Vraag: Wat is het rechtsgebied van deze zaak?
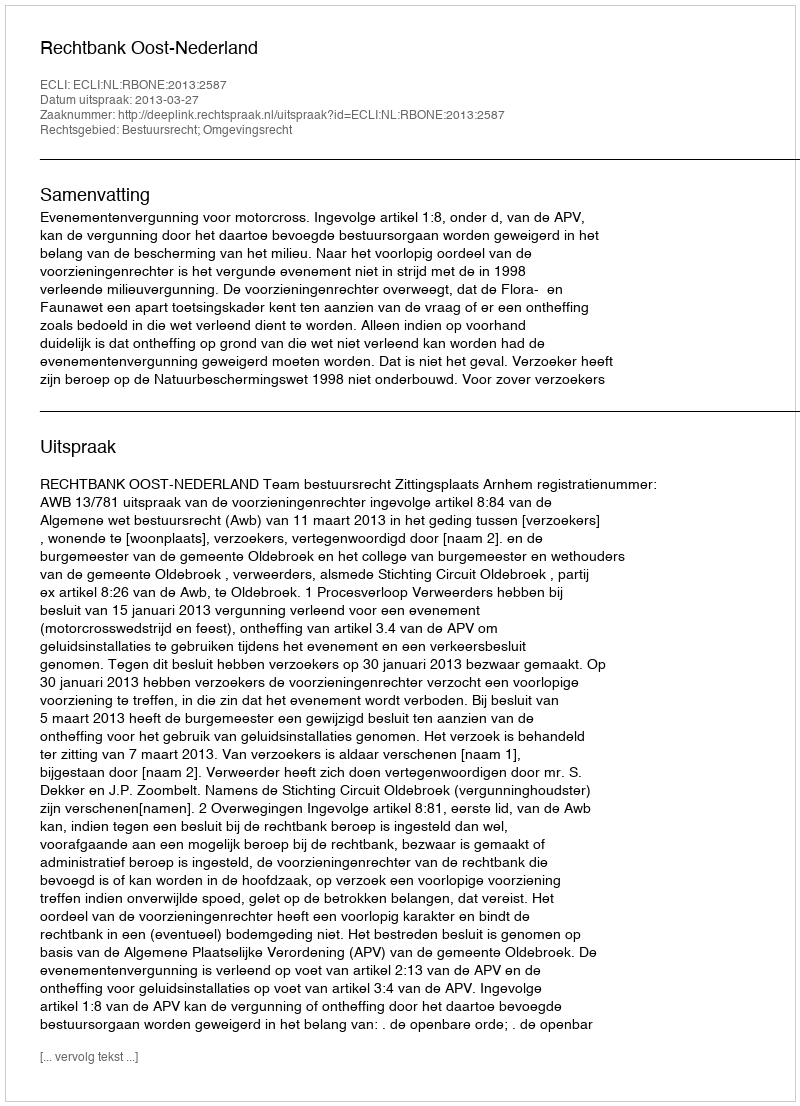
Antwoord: Bestuursrecht; Omgevingsrecht